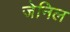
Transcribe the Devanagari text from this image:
जेनिल